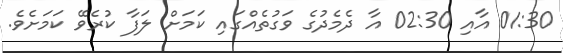
01:30 އާއި 02:30 އާ ދެމެދުގެ ވަގުތެއްގައި ކަމަށް ލަފާ ކުރެވޭ ކަމަށެވެ.